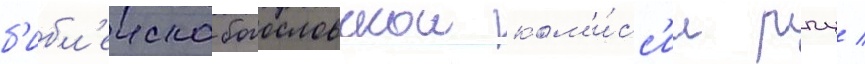
б'ибл'еиско-богословскои ком'и́сс'ии рпц /